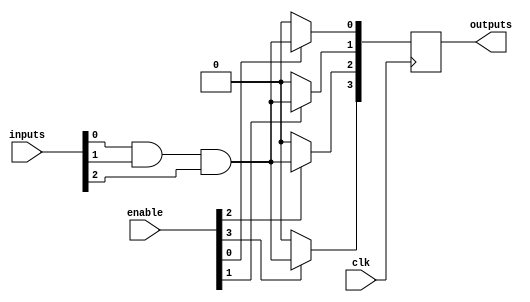
module RPAL #(
    parameter NUM_INPUTS = 8,     // Number of inputs
    parameter NUM_OUTPUTS = 4,    // Number of outputs
    parameter NUM_AND_TERMS = 4    // Number of AND terms
)(
    input wire clk,                  // Global clock input
    input wire [NUM_INPUTS-1:0] inputs,  // Input signals
    input wire [NUM_AND_TERMS-1:0] enable, // Enable signals for AND terms
    output reg [NUM_OUTPUTS-1:0] outputs // Registered outputs
);

// Internal wires for AND gate outputs
wire [NUM_AND_TERMS-1:0] and_out;

// Programmable AND Array
genvar i, j;
generate
    for (i = 0; i < NUM_AND_TERMS; i = i + 1) begin: and_terms
        assign and_out[i] = (enable[i]) ? (inputs[0] & inputs[1] & inputs[2]) // Example logic
                                         : 1'b0;
        // Here you can customize the AND gate logic as per your requirements
        // For example, you could use a more complex selection mechanism
    end
endgenerate

// Registered Outputs
always @(posedge clk) begin
    outputs <= and_out; // Capture AND outputs on clock edge
end

endmodule